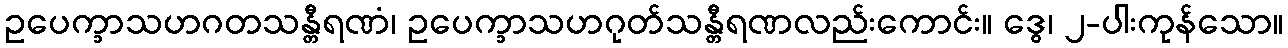
ဥပေက္ခာသဟဂတသန္တီရဏံ၊ ဥပေက္ခာသဟဂုတ်သန္တီရဏလည်းကောင်း။ ဒွေ၊ ၂-ပါးကုန်သော။